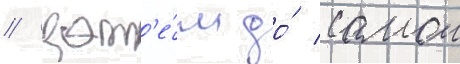
/ зат'е́м до́ самои